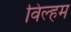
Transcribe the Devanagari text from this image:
विल्‍हम